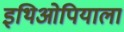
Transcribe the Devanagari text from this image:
इथिओपियाला